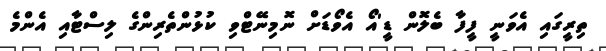
ތިރީގައި އެވަނީ ފީފާ ބެލޮން ޑީ'އޯ އެވޯޑަށް ނޮމިނޭޓްވި ކުޅުންތެރިންގެ ލިސްޓާއި އެންމެ